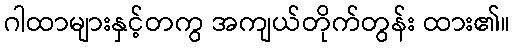
ဂါထာများနှင့်တကွ အကျယ်တိုက်တွန်း ထား၏။